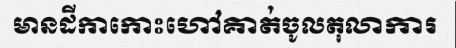
មានដីកាកោះហៅគាត់ចូលតុលាការ